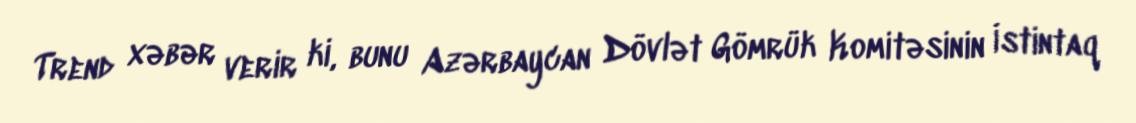
Trend xəbər verir ki, bunu Azərbaycan Dövlət Gömrük Komitəsinin İstintaq